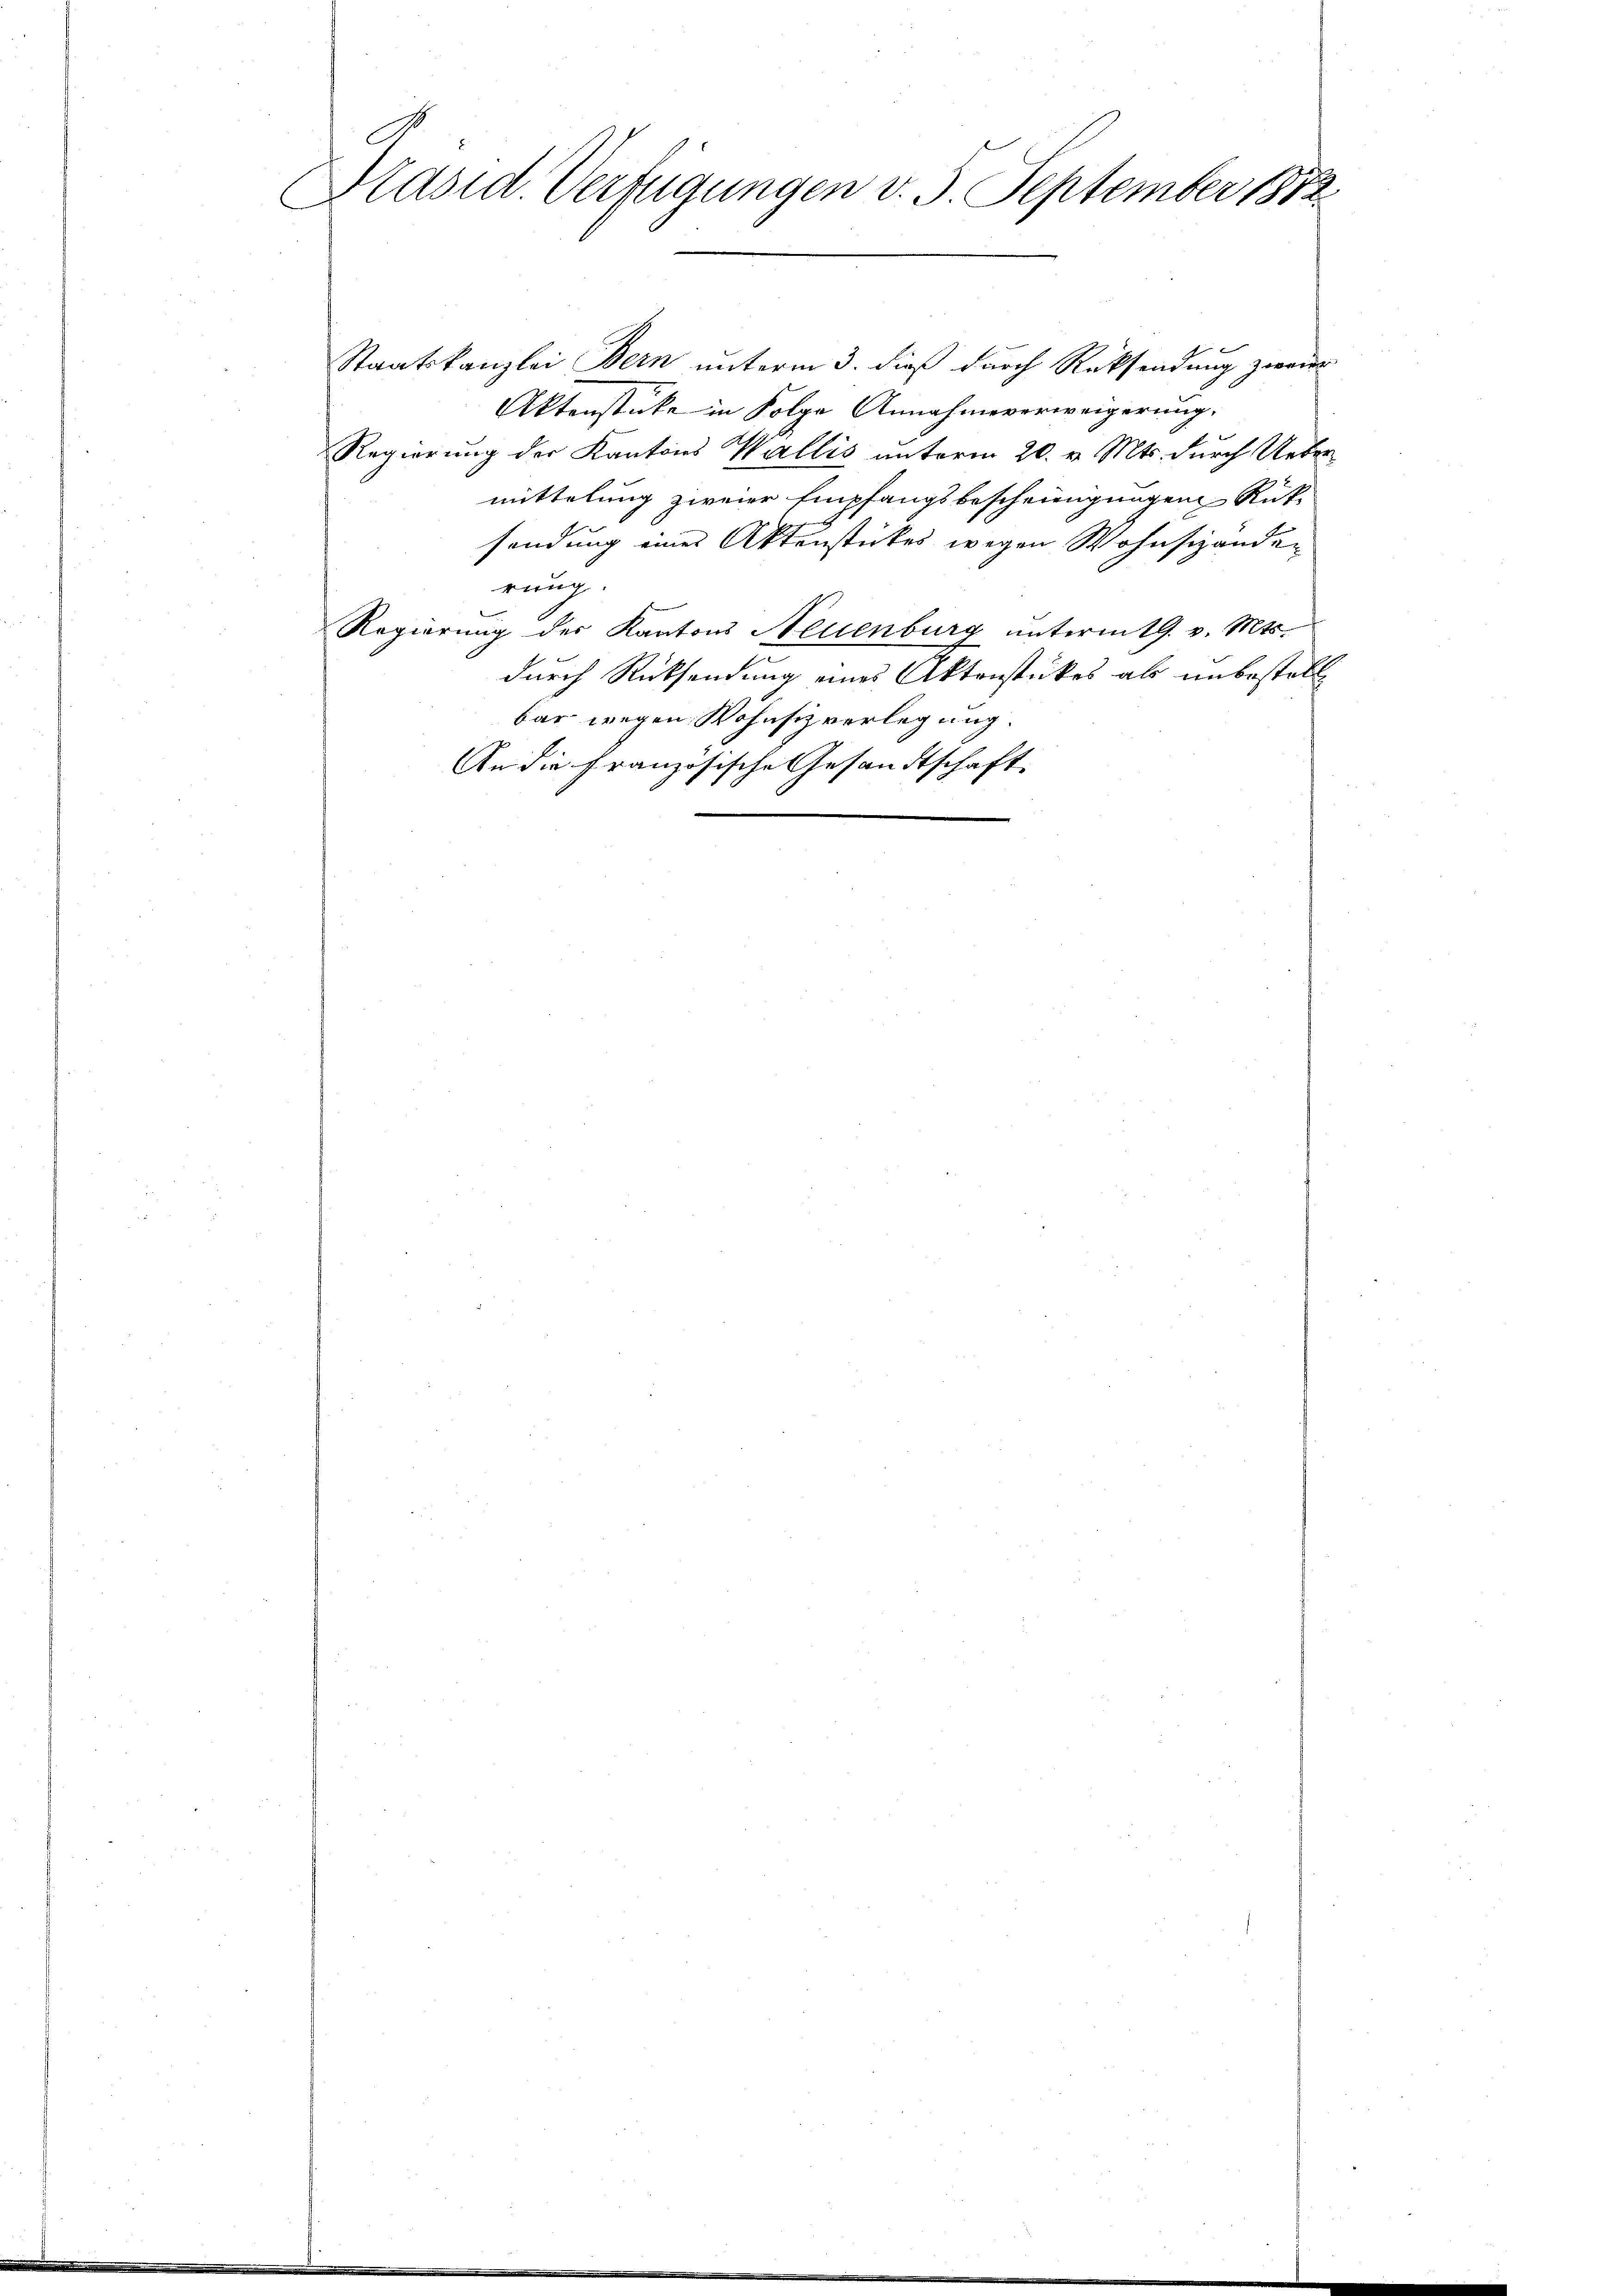
Präsid. Verfügungen v. 5. September 1872

Staatskanzlei Bern unterm 3. dieß durch Rücksendung zwei
Aktenstücke in Folge Annahmeverweigerung.
Regierung der Kantons Wallis unterm 20. v. Mts. durch Uebermittelung zweier Empfangsbescheinigungen Rüksendung eines Aktenstückes wegen Wohnschanden
rung.
Regierung des Kantons Neuenburg unterm 19. v. Mts.
durch Rücksendung eines Aktenstückes als unbestell
bar wegen Wohnsiz verlegung.
An die französische Gesandtschaft